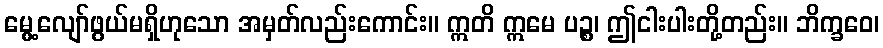
မွေ့လျော်ဖွယ်မရှိဟုသော အမှတ်လည်းကောင်း။ ဣတိ ဣမေ ပဉ္စ၊ ဤငါးပါးတို့တည်း။ ဘိက္ခဝေ၊